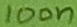
Text: 100n